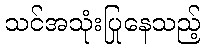
သင်အသုံးပြုနေသည့်